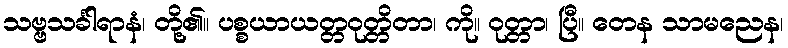
သဗ္ဗသင်္ခါရာနံ၊ တို့၏။ ပစ္စယာယတ္တဝုတ္တိတာ၊ ကို။ ဝုတ္တာ၊ ပြီ။ တေန သာမညေန၊